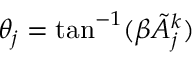
\theta _ { j } = \tan ^ { - 1 } ( \beta \tilde { A } _ { j } ^ { k } )